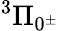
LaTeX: ^3\Pi_{0^{\pm}}